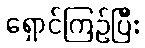
ရှောင်ကြဉ်ပြီး